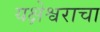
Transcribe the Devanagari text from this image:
यक्षेश्वराचा